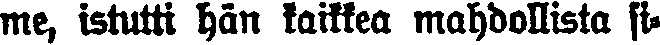
me, istutti hän kaikkea mahdollista si-